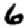
Digit: 6